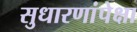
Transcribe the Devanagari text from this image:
सुधारणांपेक्षा